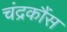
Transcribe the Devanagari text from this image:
चंद्रकौंस